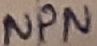
Text: NPN